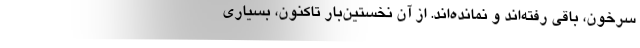
سرخون، باقي رفته‌اند و نمانده‌اند. از آن نخستين‌بار تاكنون، بسياري